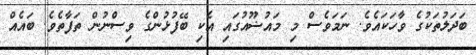
ބަދަލުތަކުގެ ވާހަކައެވެ. ނަމަވެސް މި މައުޟޫއުގައި އެކި ބޭފުޅުންގެ ވިސްނުން ތަފާތެވެ. ބައެއް